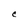
Character: C